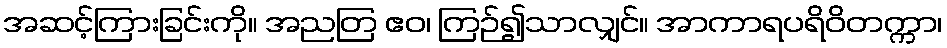
အဆင့်ကြားခြင်းကို။ အညတြ ဧဝ၊ ကြဉ်၍သာလျှင်။ အာကာရပရိဝိတက္ကာ၊